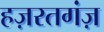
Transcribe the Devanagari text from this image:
हज़रतगंज़